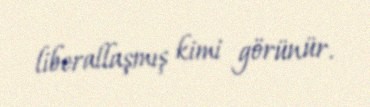
liberallaşmış kimi görünür.